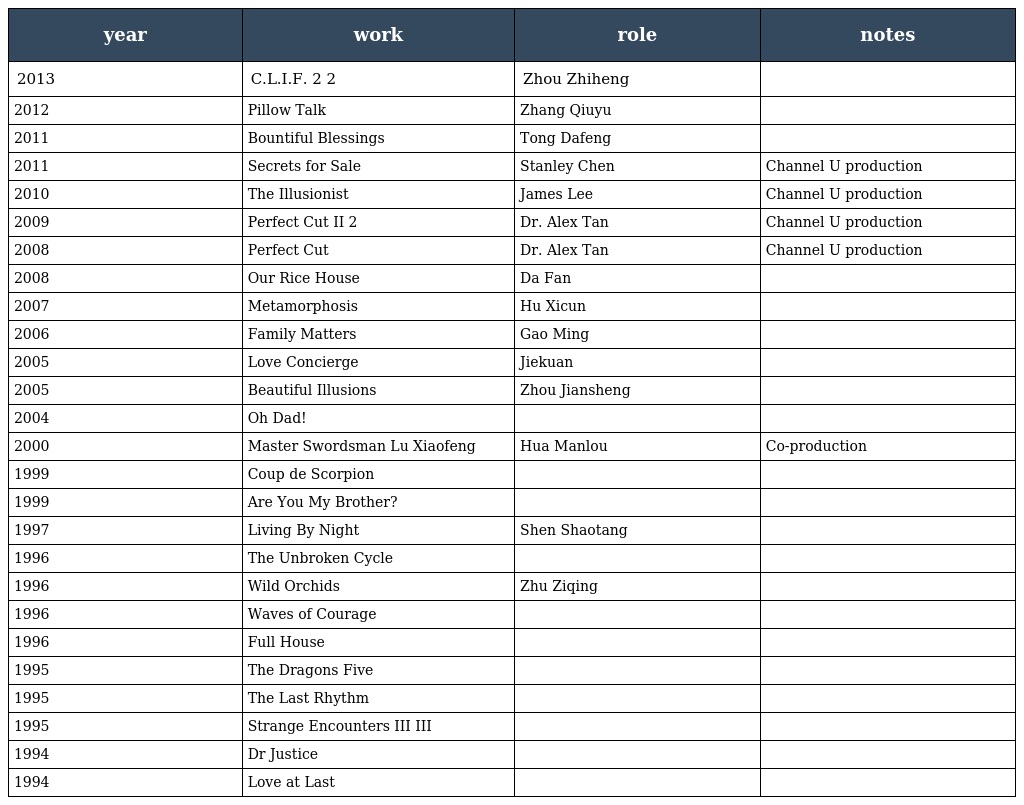
| year | work | role | notes |
 | --- | --- | --- | --- |
 | 2013 | C.L.I.F. 2 警徽天职2 | Zhou Zhiheng |  |
 | 2012 | Pillow Talk 再见单人床 | Zhang Qiuyu |  |
 | 2011 | Bountiful Blessings 万福楼 | Tong Dafeng |  |
 | 2011 | Secrets for Sale 拍。卖 | Stanley Chen 陈亮安 | Channel U production |
 | 2010 | The Illusionist 魔幻視界 | James Lee | Channel U production |
 | 2009 | Perfect Cut II 一切完美2 | Dr. Alex Tan | Channel U production |
 | 2008 | Perfect Cut 一切完美 | Dr. Alex Tan | Channel U production |
 | 2008 | Our Rice House 我们的饭店 | Da Fan |  |
 | 2007 | Metamorphosis 破茧而出 | Hu Xicun |  |
 | 2006 | Family Matters 法庭俏佳人 | Gao Ming 高明 |  |
 | 2005 | Love Concierge 爱的掌门人 | Jiekuan 杰宽 |  |
 | 2005 | Beautiful Illusions 镜中人 | Zhou Jiansheng 周健生 |  |
 | 2004 | Oh Dad! 偶像爸爸 |  |  |
 | 2000 | Master Swordsman Lu Xiaofeng 陆小凤之决战前后 | Hua Manlou | Co-production |
 | 1999 | Coup de Scorpion 天蝎行动 |  |  |
 | 1999 | Are You My Brother? 错体双宝 |  |  |
 | 1997 | Living By Night 都是夜归人 | Shen Shaotang 沈绍棠 |  |
 | 1996 | The Unbroken Cycle 解连环 |  |  |
 | 1996 | Wild Orchids 再见萤光兰 | Zhu Ziqing 朱子青 |  |
 | 1996 | Waves of Courage 逐浪青春 |  |  |
 | 1996 | Full House 不速之客 |  |  |
 | 1995 | The Dragons Five 飞龙五将 |  |  |
 | 1995 | The Last Rhythm 曲终魂断 |  |  |
 | 1995 | Strange Encounters III 奇缘III |  |  |
 | 1994 | Dr Justice 法医故事 |  |  |
 | 1994 | Love at Last 真心男儿 |  |  |